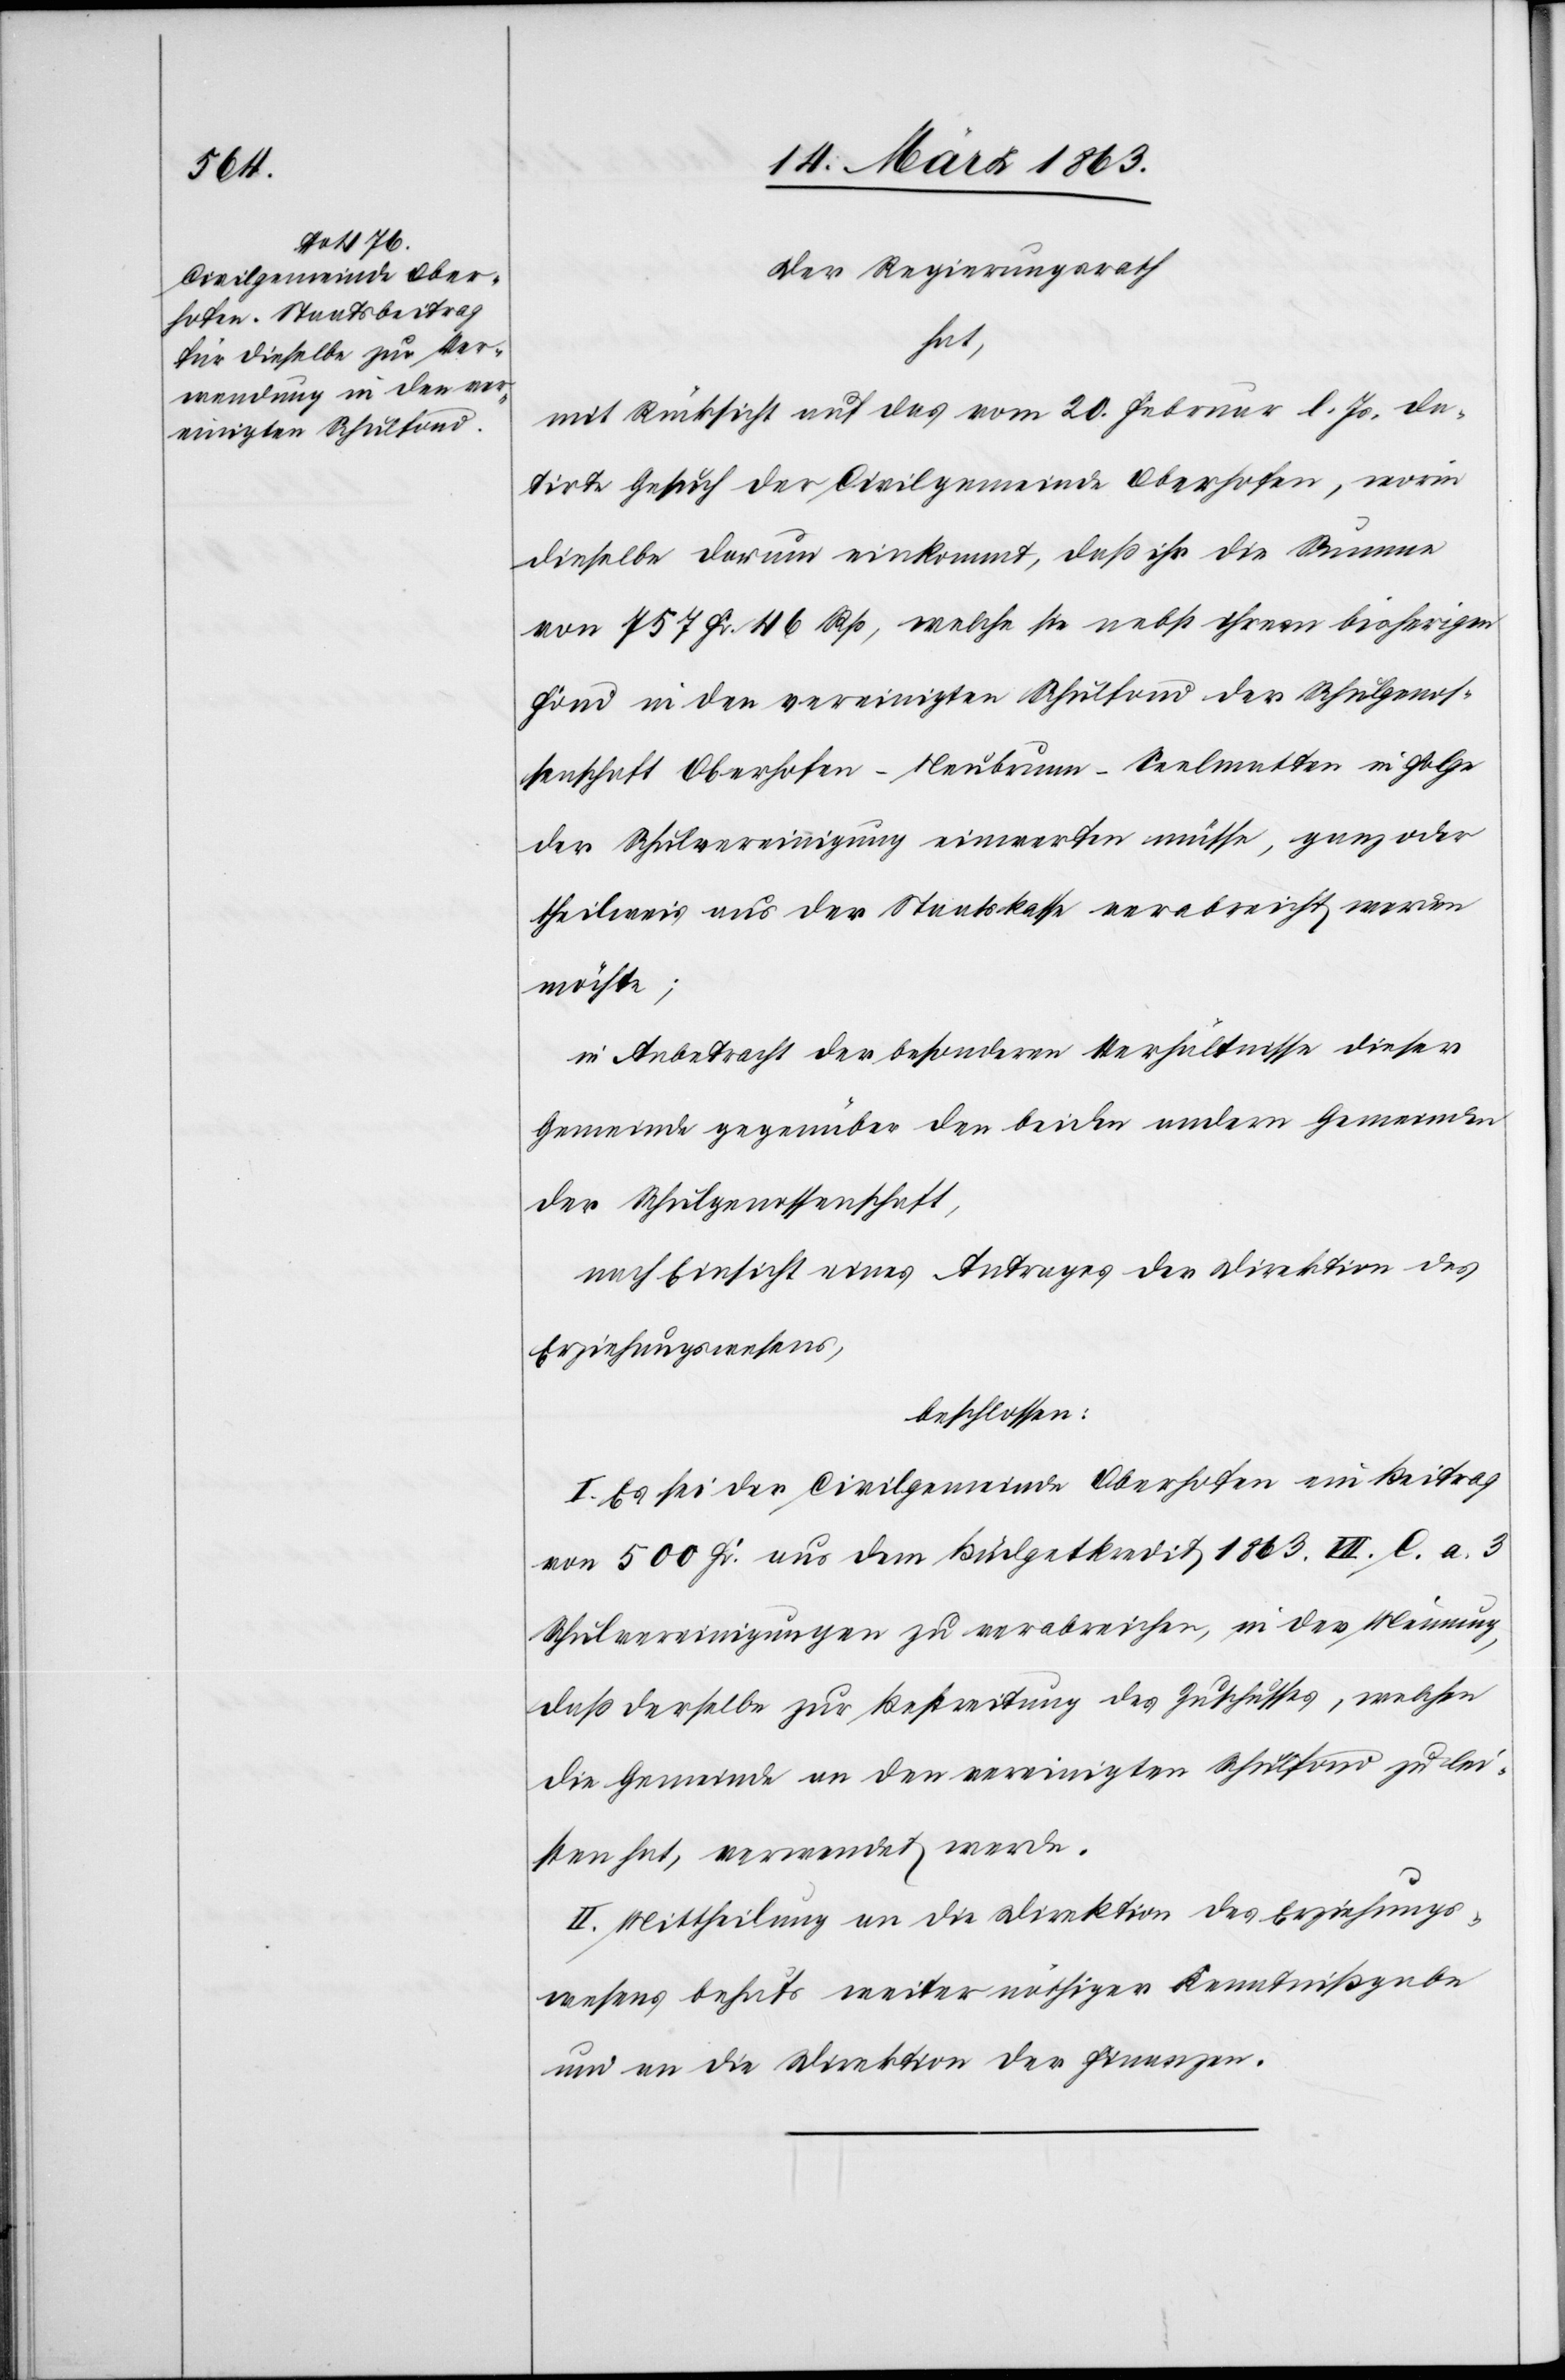
Der Regierungsrath
hat,
mit Rücksicht auf das vom 20. Februar l. Js. da¬
tirte Gesuch der Civilgemeinde Oberhofen, worin
dieselbe darum einkommt, daß ihr die Summe
von 757 Fr. 46 Rp, welche sie nebst ihrem bisherigen
Fond in den vereinigten Schulfond der Schulgenos¬
senschaft Oberhofen-Neubrunn-Seelmatten in Folge
der Schulvereinigung einwerfen müsse, ganz oder
theilweis aus der Staatskassa verabreicht werden
möchte;
in Anbetracht der besonderen Verhältnisse dieser
Gemeinde gegenüber den beiden andern Gemeinden
der Schulgenossenschaft,
nach Einsicht eines Antrages der Direktion des
Erziehungswesens,
beschlossen:
I. Es sei der Civilgemeinde Oberhofen ein Beitrag
von 500 Fr. aus dem Büdgetkredit 1863. VII. C. a. 3
Schulvereinigungen zu verabreichen, in der Meinung,
daß derselbe zur Bestreitung des Zuschusses, welchen
die Gemeinde an den vereinigten Schulfond zu lei¬
sten hat, verwendet werde.
II. Mittheilung an die Direktion des Erziehungs¬
wesens behufs weiter nöthiger Kenntnißgabe
und an die Direktion der Finanzen.